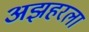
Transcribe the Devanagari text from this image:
अझहरला